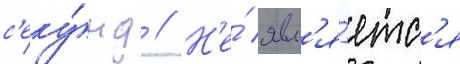
с'еку́нд // Н'е́ явл'я́етс'я